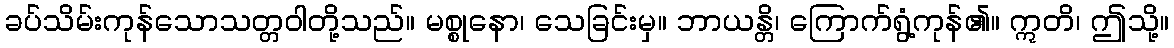
ခပ်သိမ်းကုန်သောသတ္တဝါတို့သည်။ မစ္စုနော၊ သေခြင်းမှ။ ဘာယန္တိ၊ ကြောက်ရွံ့ကုန်၏။ ဣတိ၊ ဤသို့။